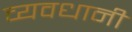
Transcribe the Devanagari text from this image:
व्यवधानी